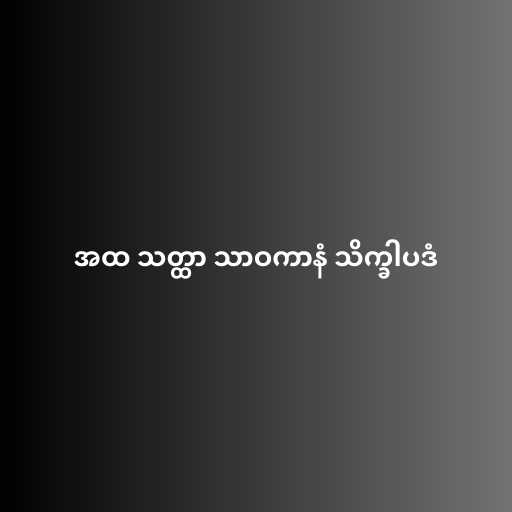
အထ သတ္ထာ သာဝကာနံ သိက္ခါပဒံ